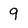
Character: 9